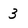
Character: 3